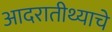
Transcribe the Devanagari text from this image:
आदरातीथ्याचे